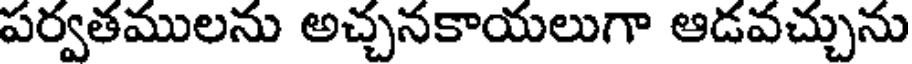
పర్వతములను అచ్చనకాయలుగా ఆడవచ్చును